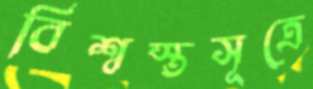
বিশ্বস্তসূত্রে